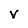
Character: v